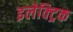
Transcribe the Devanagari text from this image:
इलेक्ट्रिक